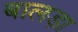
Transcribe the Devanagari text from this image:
बालड़ा